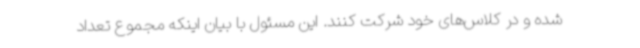
شده و در کلاس‌های خود شرکت کنند. این مسئول با بیان اینکه مجموع تعداد